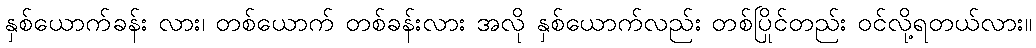
နှစ်ယောက်ခန်း လား၊ တစ်ယောက် တစ်ခန်းလား အလို နှစ်ယောက်လည်း တစ်ပြိုင်တည်း ဝင်လို့ရတယ်လား။